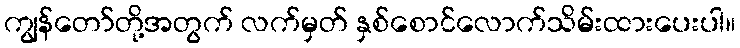
ကျွန်တော်တို့အတွက် လက်မှတ် နှစ်စောင်လောက်သိမ်းထားပေးပါ။